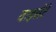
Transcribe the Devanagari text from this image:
वाइसेंटे